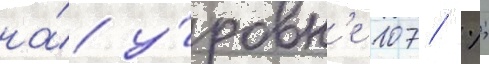
на́ у́ровн'е 107 %;